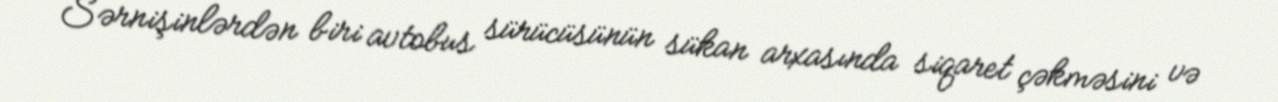
Sərnişinlərdən biri avtobus sürücüsünün sükan arxasında siqaret çəkməsini və